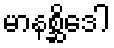
မာနစ္ဆိဒေါ